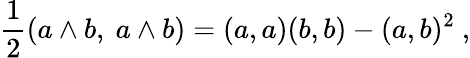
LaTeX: {\frac{1}{2}}(a\wedge b,\ a\wedge b)=(a,a)(b,b)-(a,b)^{2}\ ,